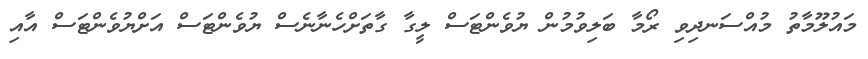
މައުލޫމާތު މުއްސަނދިވި ރޯމާ ބަލިވުމުން ޔުވެންޓަސް ލީގާ ގާތަށްހެނާނެސް ޔުވެންޓަސް އަށްޔުވެންޓަސް އާއި